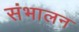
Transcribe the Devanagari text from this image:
संभालन